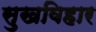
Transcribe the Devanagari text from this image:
सुखविहार